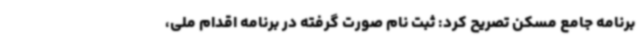
برنامه جامع مسکن تصریح کرد: ثبت نام صورت گرفته در برنامه اقدام ملی،